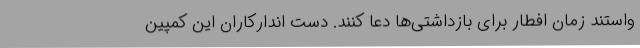
واستند زمان افطار برای بازداشتی‌ها دعا کنند. دست اندارکاران این کمپین